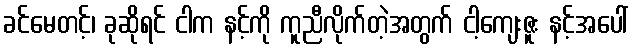
ခင်မေတင့်၊ ခုဆိုရင် ငါက နင့်ကို ကူညီလိုက်တဲ့အတွက် ငါ့ကျေးဇူး နင့်အပေါ်